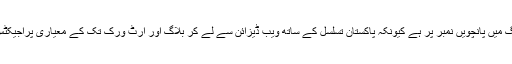
پاکستان فری لانسنگ میں پانچویں نمبر پر ہے کیونکہ پاکستان تسلسل کے ساتھ ویب ڈیزائن سے لے کر بلاگ اور آرٹ ورک تک کے معیاری پراجیکٹس وقت پردیتے ہیں۔